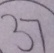
3 7